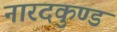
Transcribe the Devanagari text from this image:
नारदकुण्ड